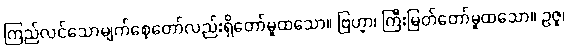
ကြည်လင်သောမျက်စေ့တော်လည်းရှိတော်မူထသော။ ဗြဟ္မာ၊ ကြီးမြတ်တော်မူထသော။ ဥဇူ၊